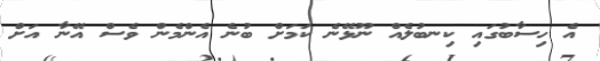
އެ ހިސާބުގައި ކިނބުލެެއް ނޫޅޭނެ ކަމަށް ބުނެ އެންމެން ވެސް އޭނާ އަށް